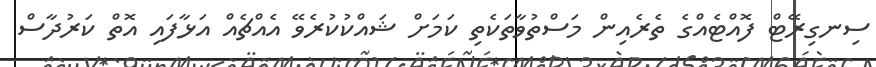
ސިނގިރޭޓް ފޮއްޓެއްގެ ތެރެއިން މަސްތުވާތަކެތި ކަމަށް ޝައްކުކުރެވޭ އެއްޗެއް އަޅާފައި އޮތް ކަރުދާސް